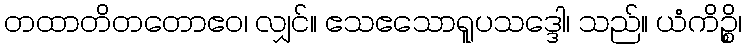
တထာတိတတောဧဝ၊ လျှင်။ ဧသဧသောရူပသဒ္ဒေါ၊ သည်။ ယံကိဉ္စိ၊